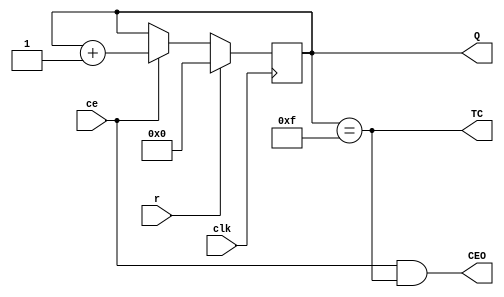
`timescale 1ns / 1ps
//////////////////////////////////////////////////////////////////////////////////
// Company: 
// Engineer: 
// 
// Design Name: 
// Module Name:    VCB4RE 
// Project Name: 
// Target Devices: 
// Tool versions: 
// Description: 
//
// Dependencies: 
//
// Revision: 
// Revision 0.01 - File Created
// Additional Comments: 
//
//////////////////////////////////////////////////////////////////////////////////
module VCB4RE(
    input ce,
    input r,
    input clk,
    output wire TC,
    output wire CEO,
    output reg [3:0] Q = 0
    );
assign TC = (Q == (1<<4) - 1);
assign CEO = ce & TC;
always @ (posedge clk) begin
Q <= r?0:ce?Q+1:Q;
end
endmodule